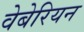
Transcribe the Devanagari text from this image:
वेबेरियन